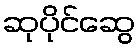
ဆုပိုင်ဆွေ